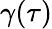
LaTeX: \gamma(\tau)